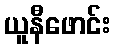
ယူနီဖောင်း